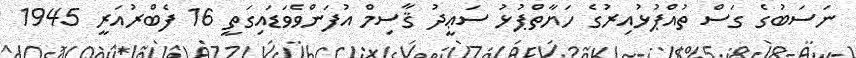
ނަސަބުގެ ގަސް ތުއްޕުޅުއިރުގެ ހަޔާތްޕުޅު ސަޢީދު ޤާސިމް އުފަންވެވަޑައިގަތީ 16 ފެބްރުއަރީ 1945